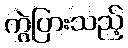
ကွဲပြားသည့်